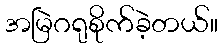
အမြဲဂရုစိုက်ခဲ့တယ်။